Malaria in the Punjab - Number 46
Disease focus: Malaria
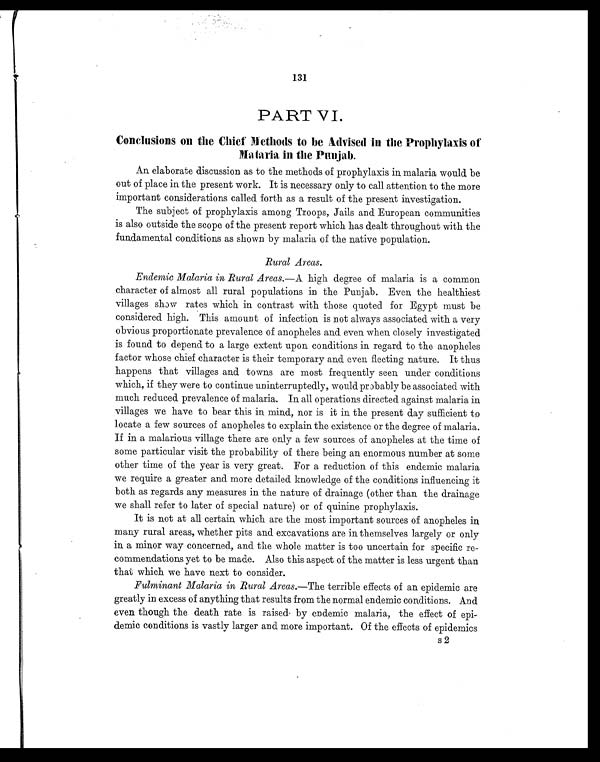
131
PART
VI.
Conclusions on the Chief Methods to be Advised in the Prophylaxis of
Malaria in the Punjab.
An elaborate discussion as to the methods of prophylaxis in malaria would be
out of place in the present work. It is necessary only to call attention to the more
important considerations called forth as a result of the present investigation.
The subject of prophylaxis among Troops, Jails and European communities
is also outside the scope of the present report which has dealt throughout with the
fundamental conditions as shown by malaria of the native population.
Rural Areas.
Endemic Malaria in Rural Areas. —A high degree of malaria is a common
character of almost all rural populations in the Punjab. Even the healthiest
villages show rates which in contrast with those quoted for Egypt must be
considered high. This amount of infection is not always associated. with a very
obvious proportionate prevalence of anopheles and even when closely investigated
is found to depend to a large extent upon conditions in regard to the anopheles
factor whose chief character is their temporary and even fleeting nature. It thus
happens that villages and towns are most frequently seen under conditions
which, if they were to continue uninterruptedly, would probably be associated with
much reduced prevalence of malaria. In all operations directed against malaria in
villages we have to bear this in mind, nor is it in the present day sufficient to
locate a few sources of anopheles to explain the existence or the degree of malaria.
If in a malarious village there are only a few sources of anopheles at the time of
some particular visit the probability of there being an enormous number at some
other time of the year is very great. For a reduction of this endemic malaria
we require a greater and more detailed knowledge of the conditions influencing it
both as regards any measures in the nature of drainage (other than the drainage
we shall refer to later of special nature) or of quinine prophylaxis.
It is not at all certain which are the most important sources of anopheles in
many rural areas, whether pits and excavations are in themselves largely or only
in a minor way concerned, and the whole matter is too uncertain for specific re-
commendations yet to be made. Also this aspect of the matter is less urgent than
that which we have next to consider.
Fulminant Malaria in Rural Areas. —The terrible effects of an epidemic are
greatly in excess of anything that results from the normal endemic conditions. And
even though the death rate is raised by endemic malaria, the effect of epi-
demic conditions is vastly larger and more important. Of the effects of epidemics
s 2